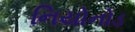
નિયોનોડ